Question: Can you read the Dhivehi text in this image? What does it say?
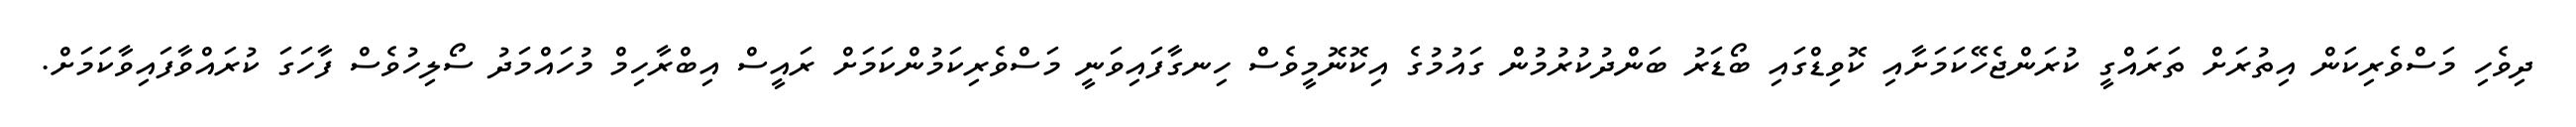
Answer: ދިވެހި މަސްވެރިކަން އިތުރަށް ތަރައްގީ ކުރަންޖެހޭކަމަށާއި ކޮވިޑްގައި ބޯޑަރު ބަންދުކުރުމުން ގައުމުގެ އިކޮނޮމީވެސް ހިނގާފައިވަނީ މަސްވެރިކަމުންކަމަށް ރައީސް އިބްރާހިމް މުހައްމަދު ސޯލިހުވެސް ފާހަގަ ކުރައްވާފައިވާކަމަށް.